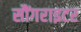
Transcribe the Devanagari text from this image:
सौंगराइटर